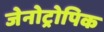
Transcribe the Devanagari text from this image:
जेनोट्रोपिक